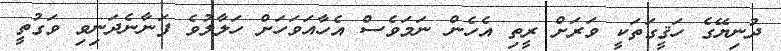
ދުނިޔޭގެ ހަޤީގަތަކީ ވަރަށް ރީތި އެހެން ނަމަވެސް އެހާއަވަހަށް ހަލާލުވެ ފަނާނެދަނިވި ވަގުތީ